Scottish assistants in French schools and colleges, 1926
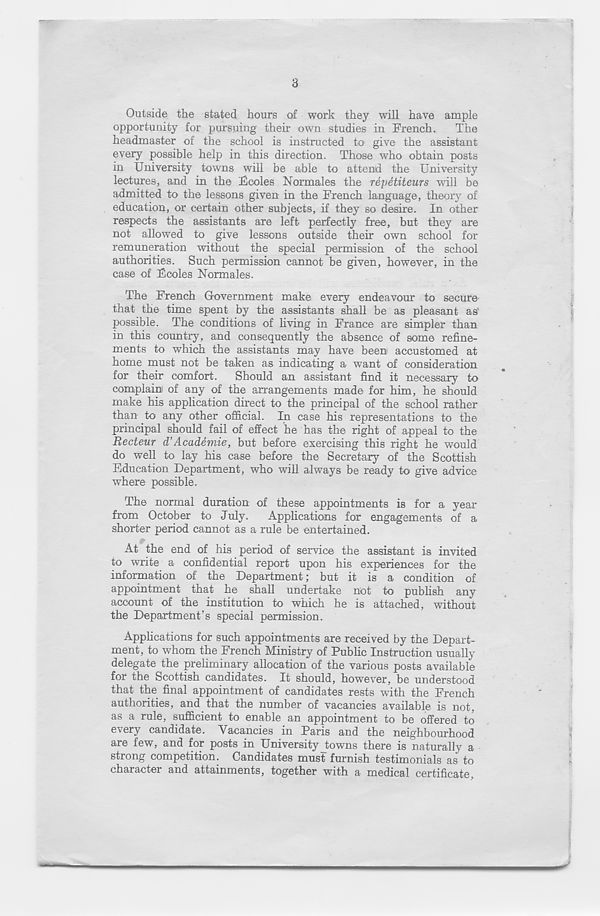
3
Outside the stated hours of work they will have ample
opportunity for pursuing their own studies in French.
The
headmaster of the school is instructed to give the assistant
every possible help in this direction. Those who obtain posts
in University towns will be able to attend the University
lectures, and in the Ucoles Normales the repetiteurs will be
admitted to the lessons given in the French language, theory of
education, or certain other subjects, if they so desire. In other
respects the assistants are left perfectly free, but they are
not allowed to give lessons outside their own school for
remuneration without the special permission of the school
authorities. Such permission cannot be given, however, in the
case of Fcoles Normales.
The French Government make every endeavour to secure
that the time spent by the assistants shall be as pleasant as 1
possible. The conditions of living in France are simpler than
in this country, and consequently the absence of some refine-
ments to which the assistants may have been accustomed at
home must not be taken as indicating a want of consideration
for their comfort. Should an assistant find it necessary to
complain of any of the arrangements made for him, he should
make his application direct to the principal of the school rather
than to any other official. In case his representations to the
principal should fail of effect he has the right of appeal to the
Recteur d’Academic, but before exercising this right he would
do well to lay his case before the Secretary of the Scottish
Education Department, who will always be ready to give advice
where possible.
The normal duration of these appointments is for a year
from October to July.
Applications for engagements of a
shorter period cannot as a rule be entertained.
At the end of his period of service the assistant is invited
to write a confidential report upon his experiences for the
information of the Department; but it is a condition of
appointment that he shall undertake not to publish any
account of the institution to which he is attached, without
the Department’s special permission.
Applications for such appointments are received by the Depart-
ment, to whom the French Ministry of Public Instruction usually
delegate the preliminary allocation of the various posts available
for the Scottish candidates. It should, however, be understood
that the final appointment of candidates rests with the French
authorities, and that the number of vacancies available is not,
as a rule, sufficient to enable an appointment to be offered to
every candidate. Vacancies in Paris and the neighbourhood
are few, and for posts in University Jowns there is naturally a
strong competition. Candidates must furnish testimonials as to
character and attainments, together with a medical certificate.